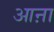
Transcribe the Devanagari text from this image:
आऩा